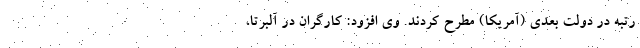
رتبه در دولت بعدی (آمریکا) مطرح کردند. وی افزود: کارگران در آلبرتا،